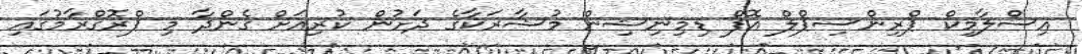
އިސްލާމިކް ޕްރިންސިޕްލް އޮފް ޑިމިނިޝިން މުޝާރަކާގެ ދަށުން ކުރިއަށް ގެންދާ މި ޕްރޮގްރާމުގައި